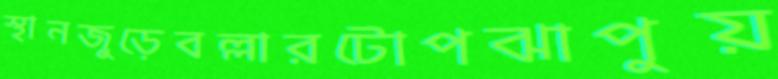
স্থানজুড়েবল্লারটোপঝাপুয়